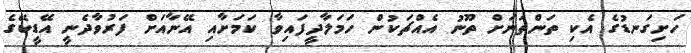
ހަށިގަނޑުގެ އެކި ތަންތަނަށް ތޫނު އެއްޗަކުން ހަމަލާދީފައިވާ ކަމަށާއި އޭނާއަށް ފަރުވާދެނީ އޭޑީކޭގެ